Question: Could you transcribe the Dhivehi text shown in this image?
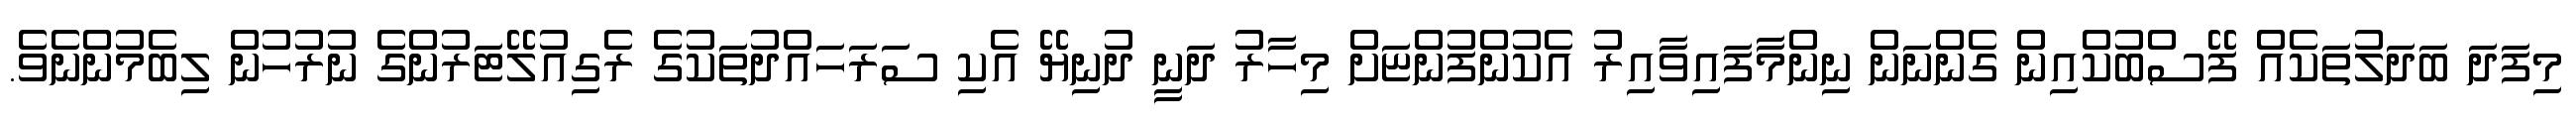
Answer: މިފަދަ ބަދަލުތަކެއް ފޭސްބުކްއިން ގެންނަން ނިންމާފައިވާއިރު އެކުންފުންޏަށް މިހާރު ދަނީ ދުނިޔޭ އެކި ސަރަހައްދުތަކުގެ ރެގިއުލޭޓަރުންގެ ނުރުހުން ލިބެމުންނެވެ.